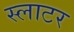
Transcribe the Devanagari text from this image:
स्लाटर